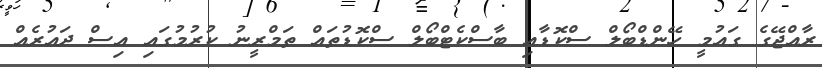
ރާއްޖޭގެ ގައުމީ ހޭންޑްބޯލް ސްކޮޑާއި ބާސްކެޓްބޯލް ސްކޮޑުތައް ތަމްރީނު ކުރުމުގައި އިސް ދައުރެއް